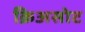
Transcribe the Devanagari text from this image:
क्रिअसोट